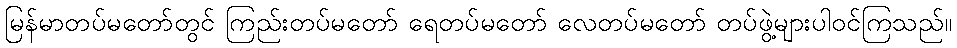
မြန်မာတပ်မတော်တွင် ကြည်းတပ်မတော် ရေတပ်မတော် လေတပ်မတော် တပ်ဖွဲ့များပါဝင်ကြသည်။